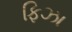
ફિઝા